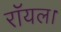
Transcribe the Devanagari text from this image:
रॉयल।